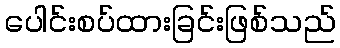
ပေါင်းစပ်ထားခြင်းဖြစ်သည်